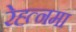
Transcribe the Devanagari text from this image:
रेह्त्नमा